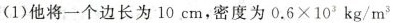
(1)他将一个边长为10cm，密度为$$0 . 6 \times 1 0 ^ { 3 } k g / m ^ { 3 }$$的